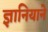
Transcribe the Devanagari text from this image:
ज्ञानियाने